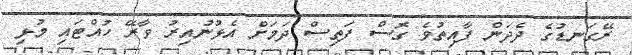
ރޭގަނޑުގެ ދެދަން ފާއިތުވެ ގޮސް ފަތިސް ދަމަށް އެޅުނުއިރު ވާރޭ ހުއްޓައި މުޅި